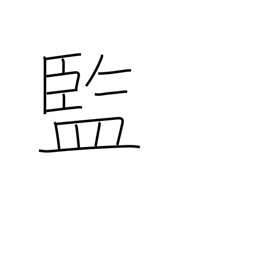
Meaning: official